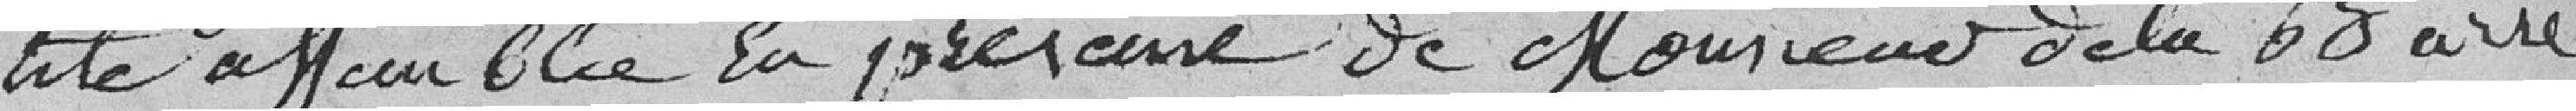
lité assemblée en présence de Monsieur de la Barre